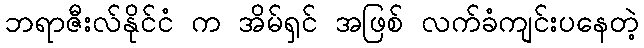
ဘရာဇီးလ်နိုင်ငံ က အိမ်ရှင် အဖြစ် လက်ခံကျင်းပနေတဲ့